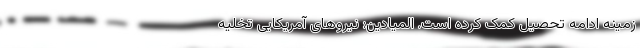
زمینه ادامه تحصیل کمک کرده است. المیادین: نیروهای آمریکایی تخلیه